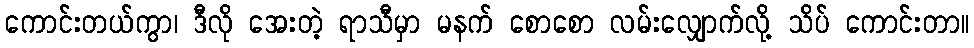
ကောင်းတယ်ကွာ၊ ဒီလို အေးတဲ့ ရာသီမှာ မနက် စောစော လမ်းလျှောက်လို့ သိပ် ကောင်းတာ။